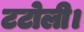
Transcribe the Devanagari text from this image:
टटोली।